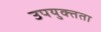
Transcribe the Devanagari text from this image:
उपयुक्‍तता